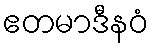
ဧတမာဒီနဝံ